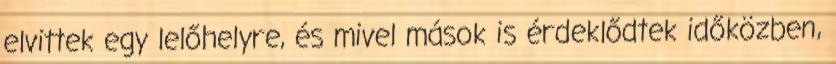
elvittek egy lelőhelyre, és mivel mások is érdeklődtek időközben,